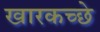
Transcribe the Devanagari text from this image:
खारकच्छे